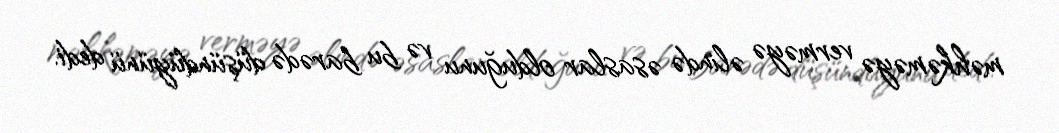
məhkəməyə verməyə əlində əsaslar olduğunu və bu barədə düşündüyünü dedi.